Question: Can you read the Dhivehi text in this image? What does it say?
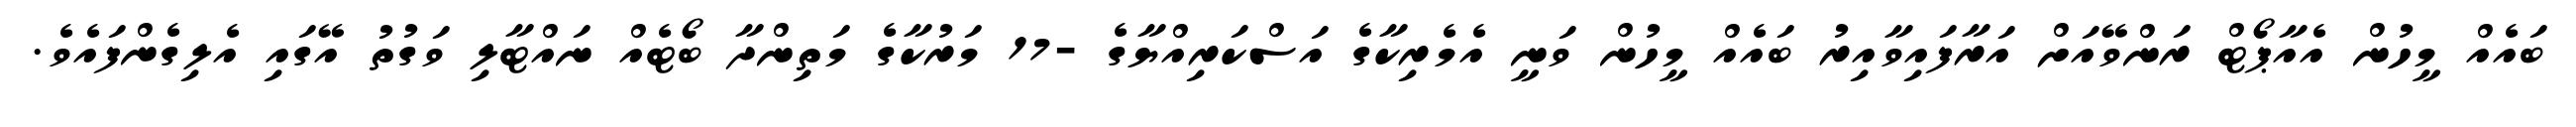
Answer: ބައެއް މީހުން އެއާޕޯޓް ރަންވޭއަށް އަރާފައިވާއިރު ބައެއް މީހުން ވަނީ އެމެރިކާގެ އަސްކަރިއްޔާގެ -17 މަރުކާގެ މަތިންދާ ބޯޓެއް ނައްޓާލި ވަގުތު އޭގައި އެލިގެންފައެވެ.